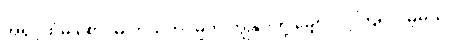
အရှင့်ထံမှ စောင်မ ကယ်တင်မှုကို ကျွန်ုပ်တို့ မျှော်လင့်ကြရလိမ့်မယ်